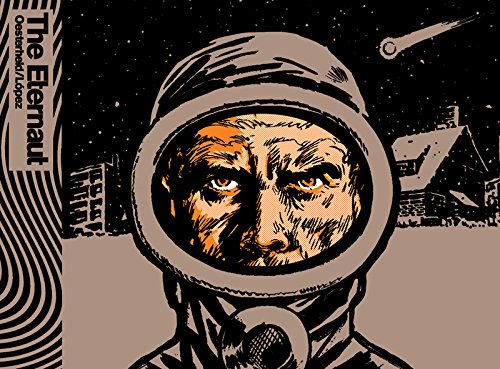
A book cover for The Eternaut; HÃ©ctor GermÃ¡n Oesterheld; Comics & Graphic Novels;